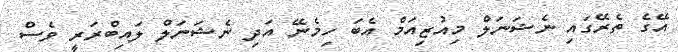
އޭގެ ތެރޭގައި ނެޝަނަލް މިއުޒިއަމް އެބަ ހިމެނޭ އަދި ނެޝަނަލް ލައިބްރަރީ ވެސް